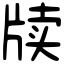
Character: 牍